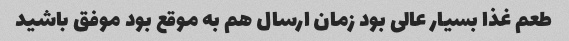
طعم غذا بسیار عالی بود زمان ارسال هم به موقع بود موفق باشید